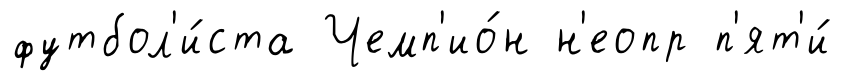
футбол'и́ста Чемп'ио́н н'еопр п'ят'и́